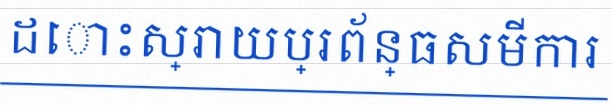
ដោះស្រាយប្រព័ន្ធសមីការ